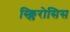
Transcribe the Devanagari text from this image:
स्क्लिरोसिस